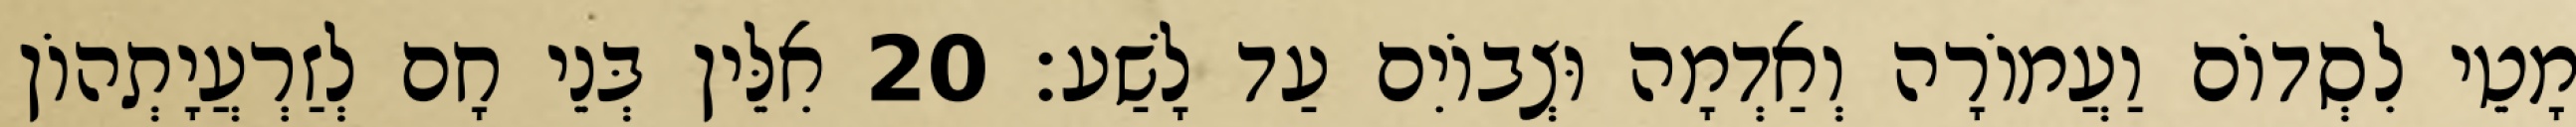
מָטֵי לִסְדוֹם וַעֲמוֹרָה וְאַדְמָה וּצְבוֹיִם עַד לָשַׁע׃ 20 אִלֵּין בְּנֵי חָם לְזַרְעֲיָתְהוֹן